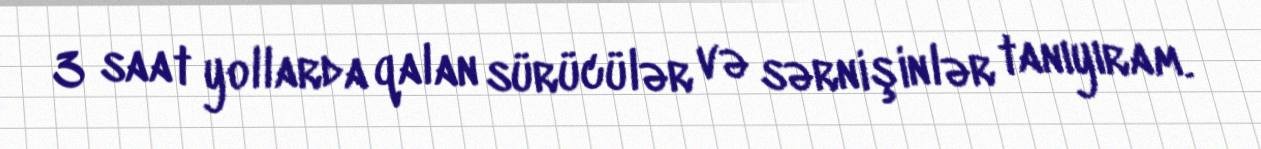
3 saat yollarda qalan sürücülər və sərnişinlər tanıyıram.